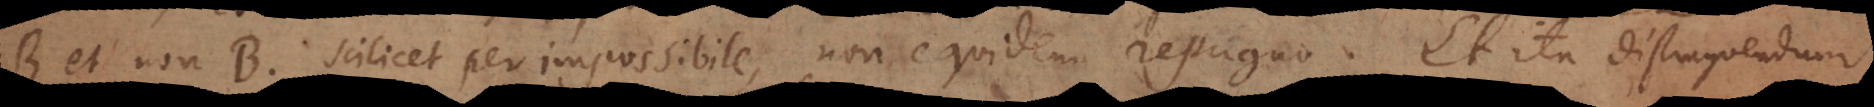
B et non‐B, scilicet per impossibile, non equidem repugno. Et ita distinguendum